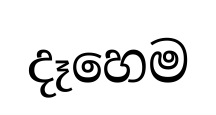
දෑහෙම